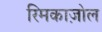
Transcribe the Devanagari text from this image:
रिमकाज़ोल